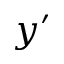
y ^ { \prime }